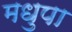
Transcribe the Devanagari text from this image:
मधुपा